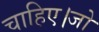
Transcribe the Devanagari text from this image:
चाहिए।जो